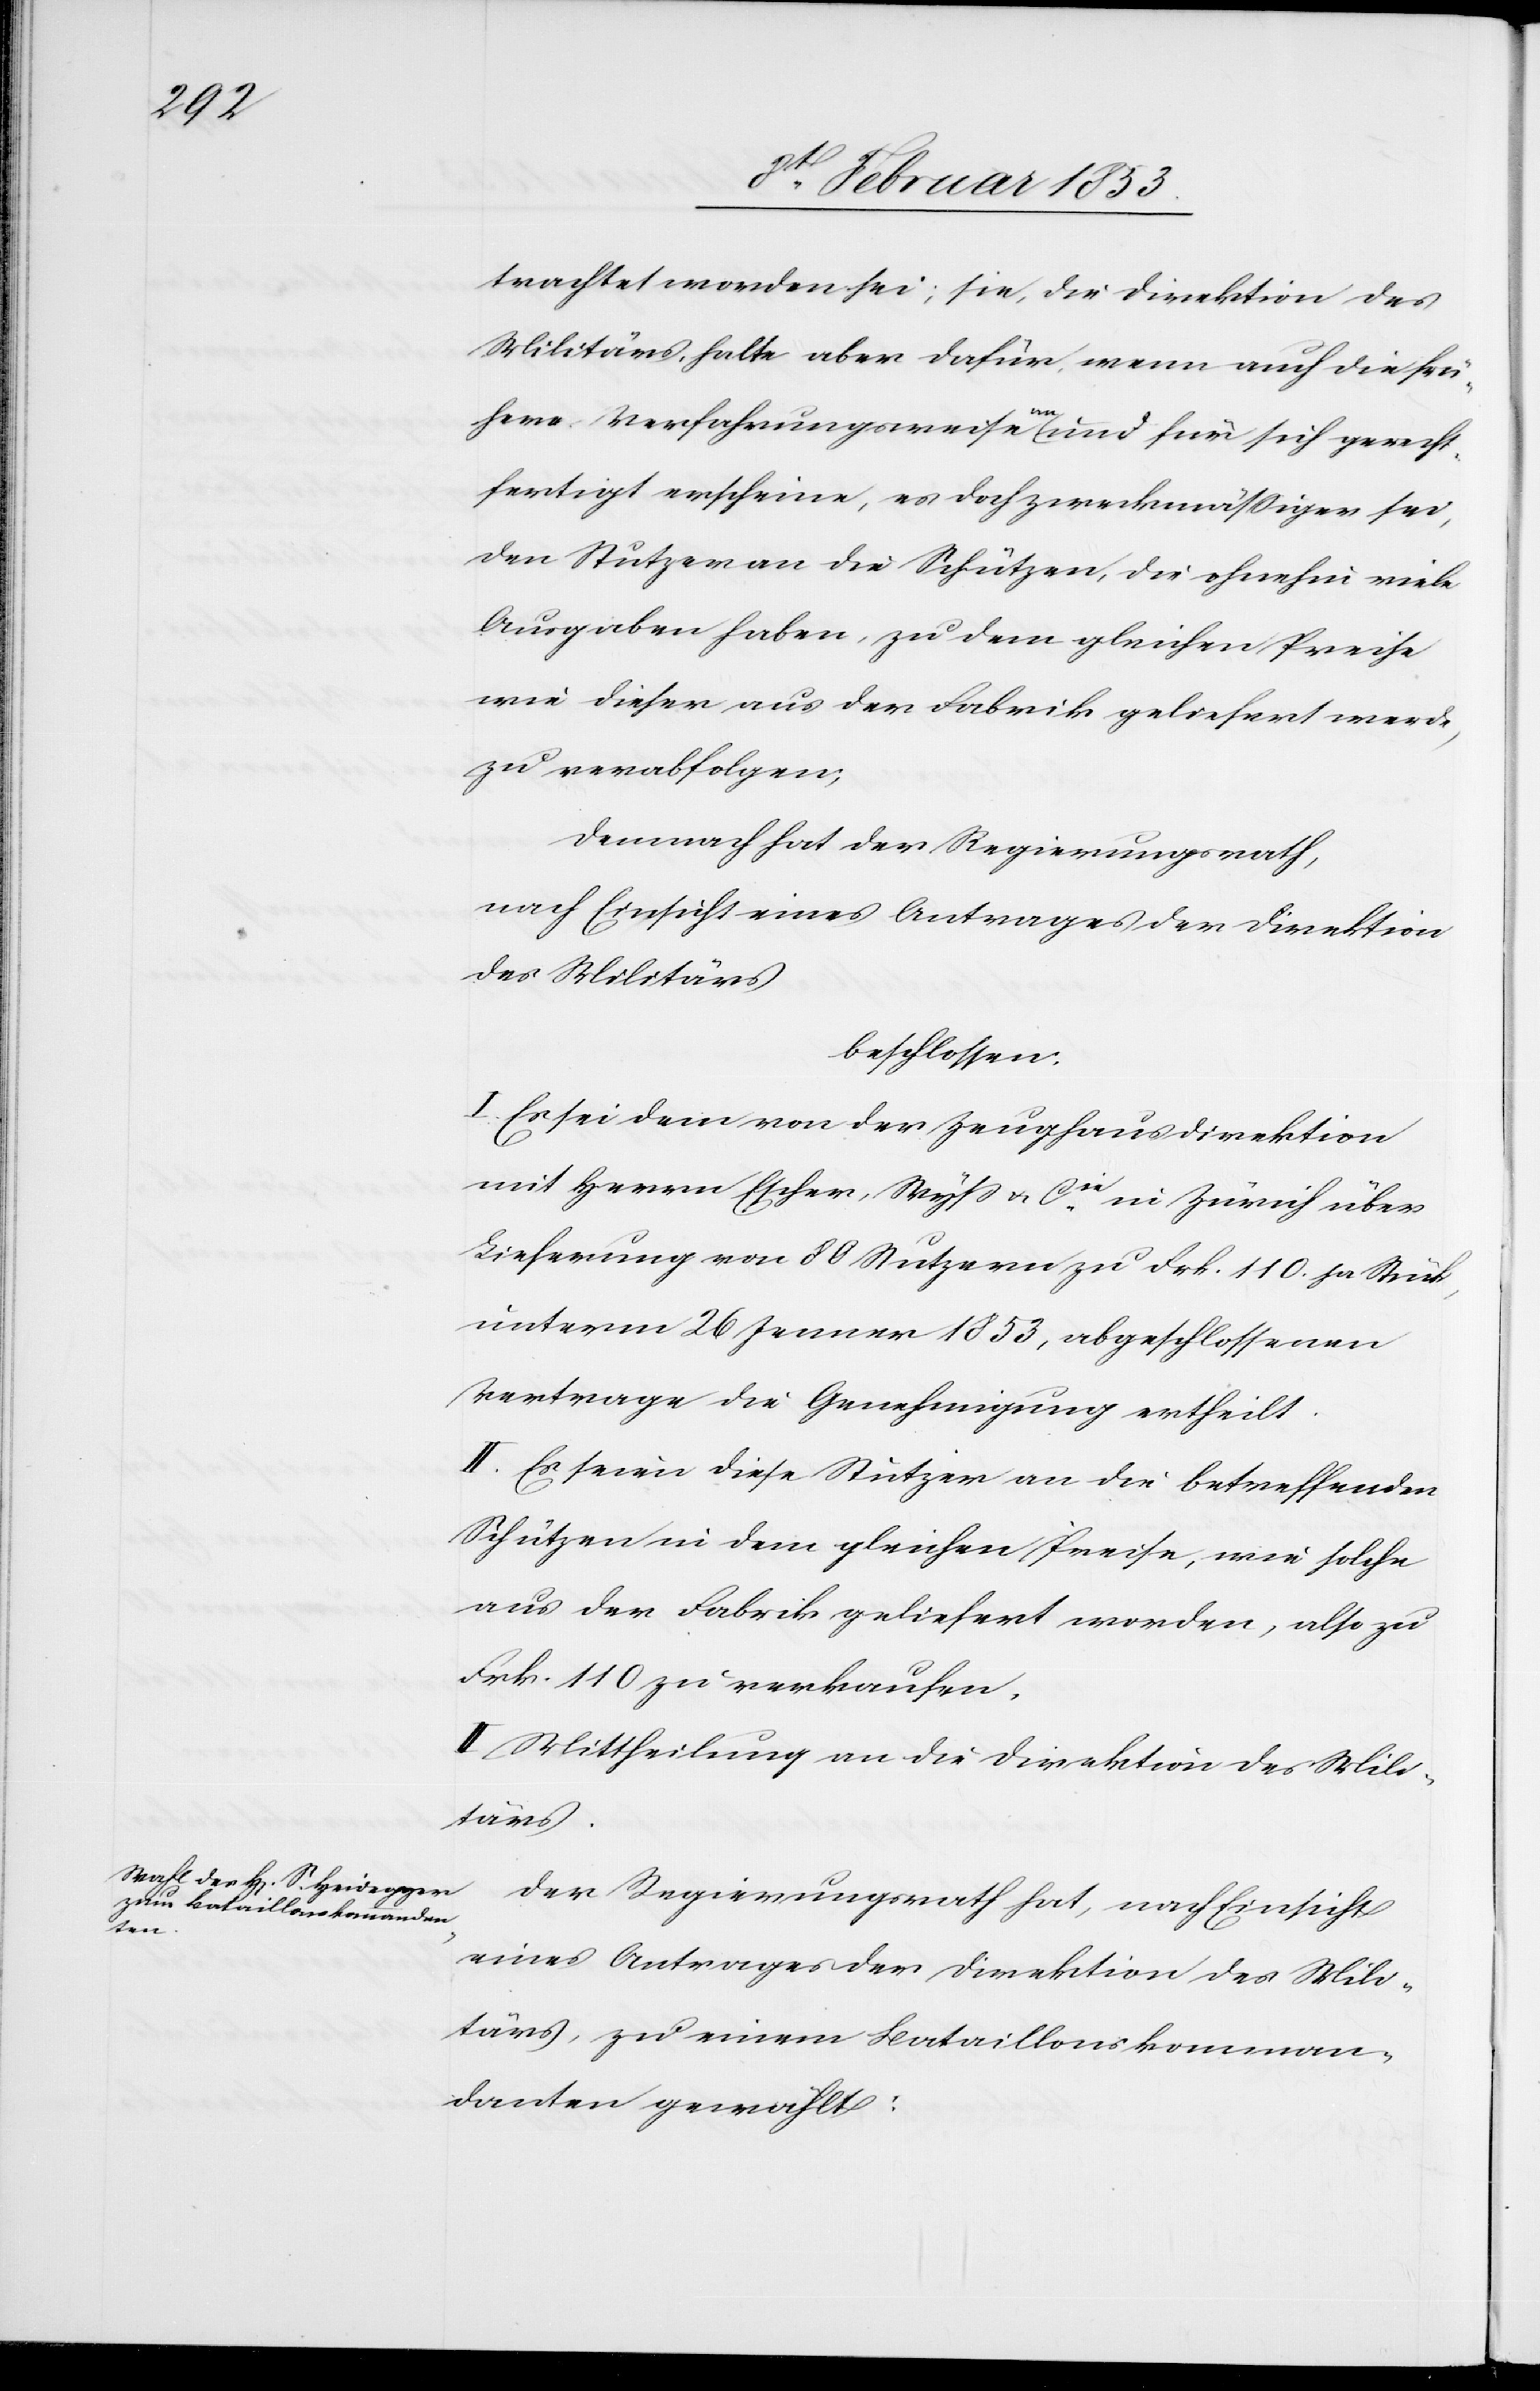
trachtet worden sei, sie, die Direktion des
Militärs, halte aber dafür, wenn auch die frü¬
here Verfahrungsweise an und für sich gerecht¬
fertigt erscheine, es doch zweckmäßiger sei,
den Stutzer an die Schützen, die ohnehin viele
Ausgaben haben, zu dem gleichen Preise
wie dieser aus der Fabrik geliefert werde,
zu verabfolgen;
demnach hat der Regierungsrath,
nach Einsicht eines Antrages der Direktion
des Militärs.
beschlossen:
I. Es sei dem von der Zeughausdirektion
mit Herrn Escher-Wyß u. Cie in Zürich über
Lieferung von 80 Stutzern zu Frk. 110 pr. Stück,
unterm 26 Jenner 1853, abgeschlossenen
Vertrage die Genehmigung ertheilt.
II. Es seien diese Stutzer an die betreffenden
Schützen in dem gleichen Preise, wie solche
aus der Fabrik geliefert worden, also zu
Frk. 110 zu verkaufen.
III. Mittheilung an die Direktion des Mili¬
tärs.
Der Regierungsrath hat, nach Einsicht
eines Antrages der Direktion des Mili¬
tärs, zu einem Bataillonskomman¬
danten gewählt: